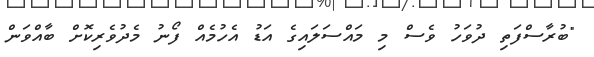
"ބުރާސްފަތި ދުވަހު ވެސް މި މައްސަލައިގެ އަޑު އެހުމެއް ފޯނު މެދުވެރިކޮށް ބާއްވަން